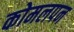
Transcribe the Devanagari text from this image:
कोमलपन